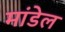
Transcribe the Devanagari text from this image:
मांडेल